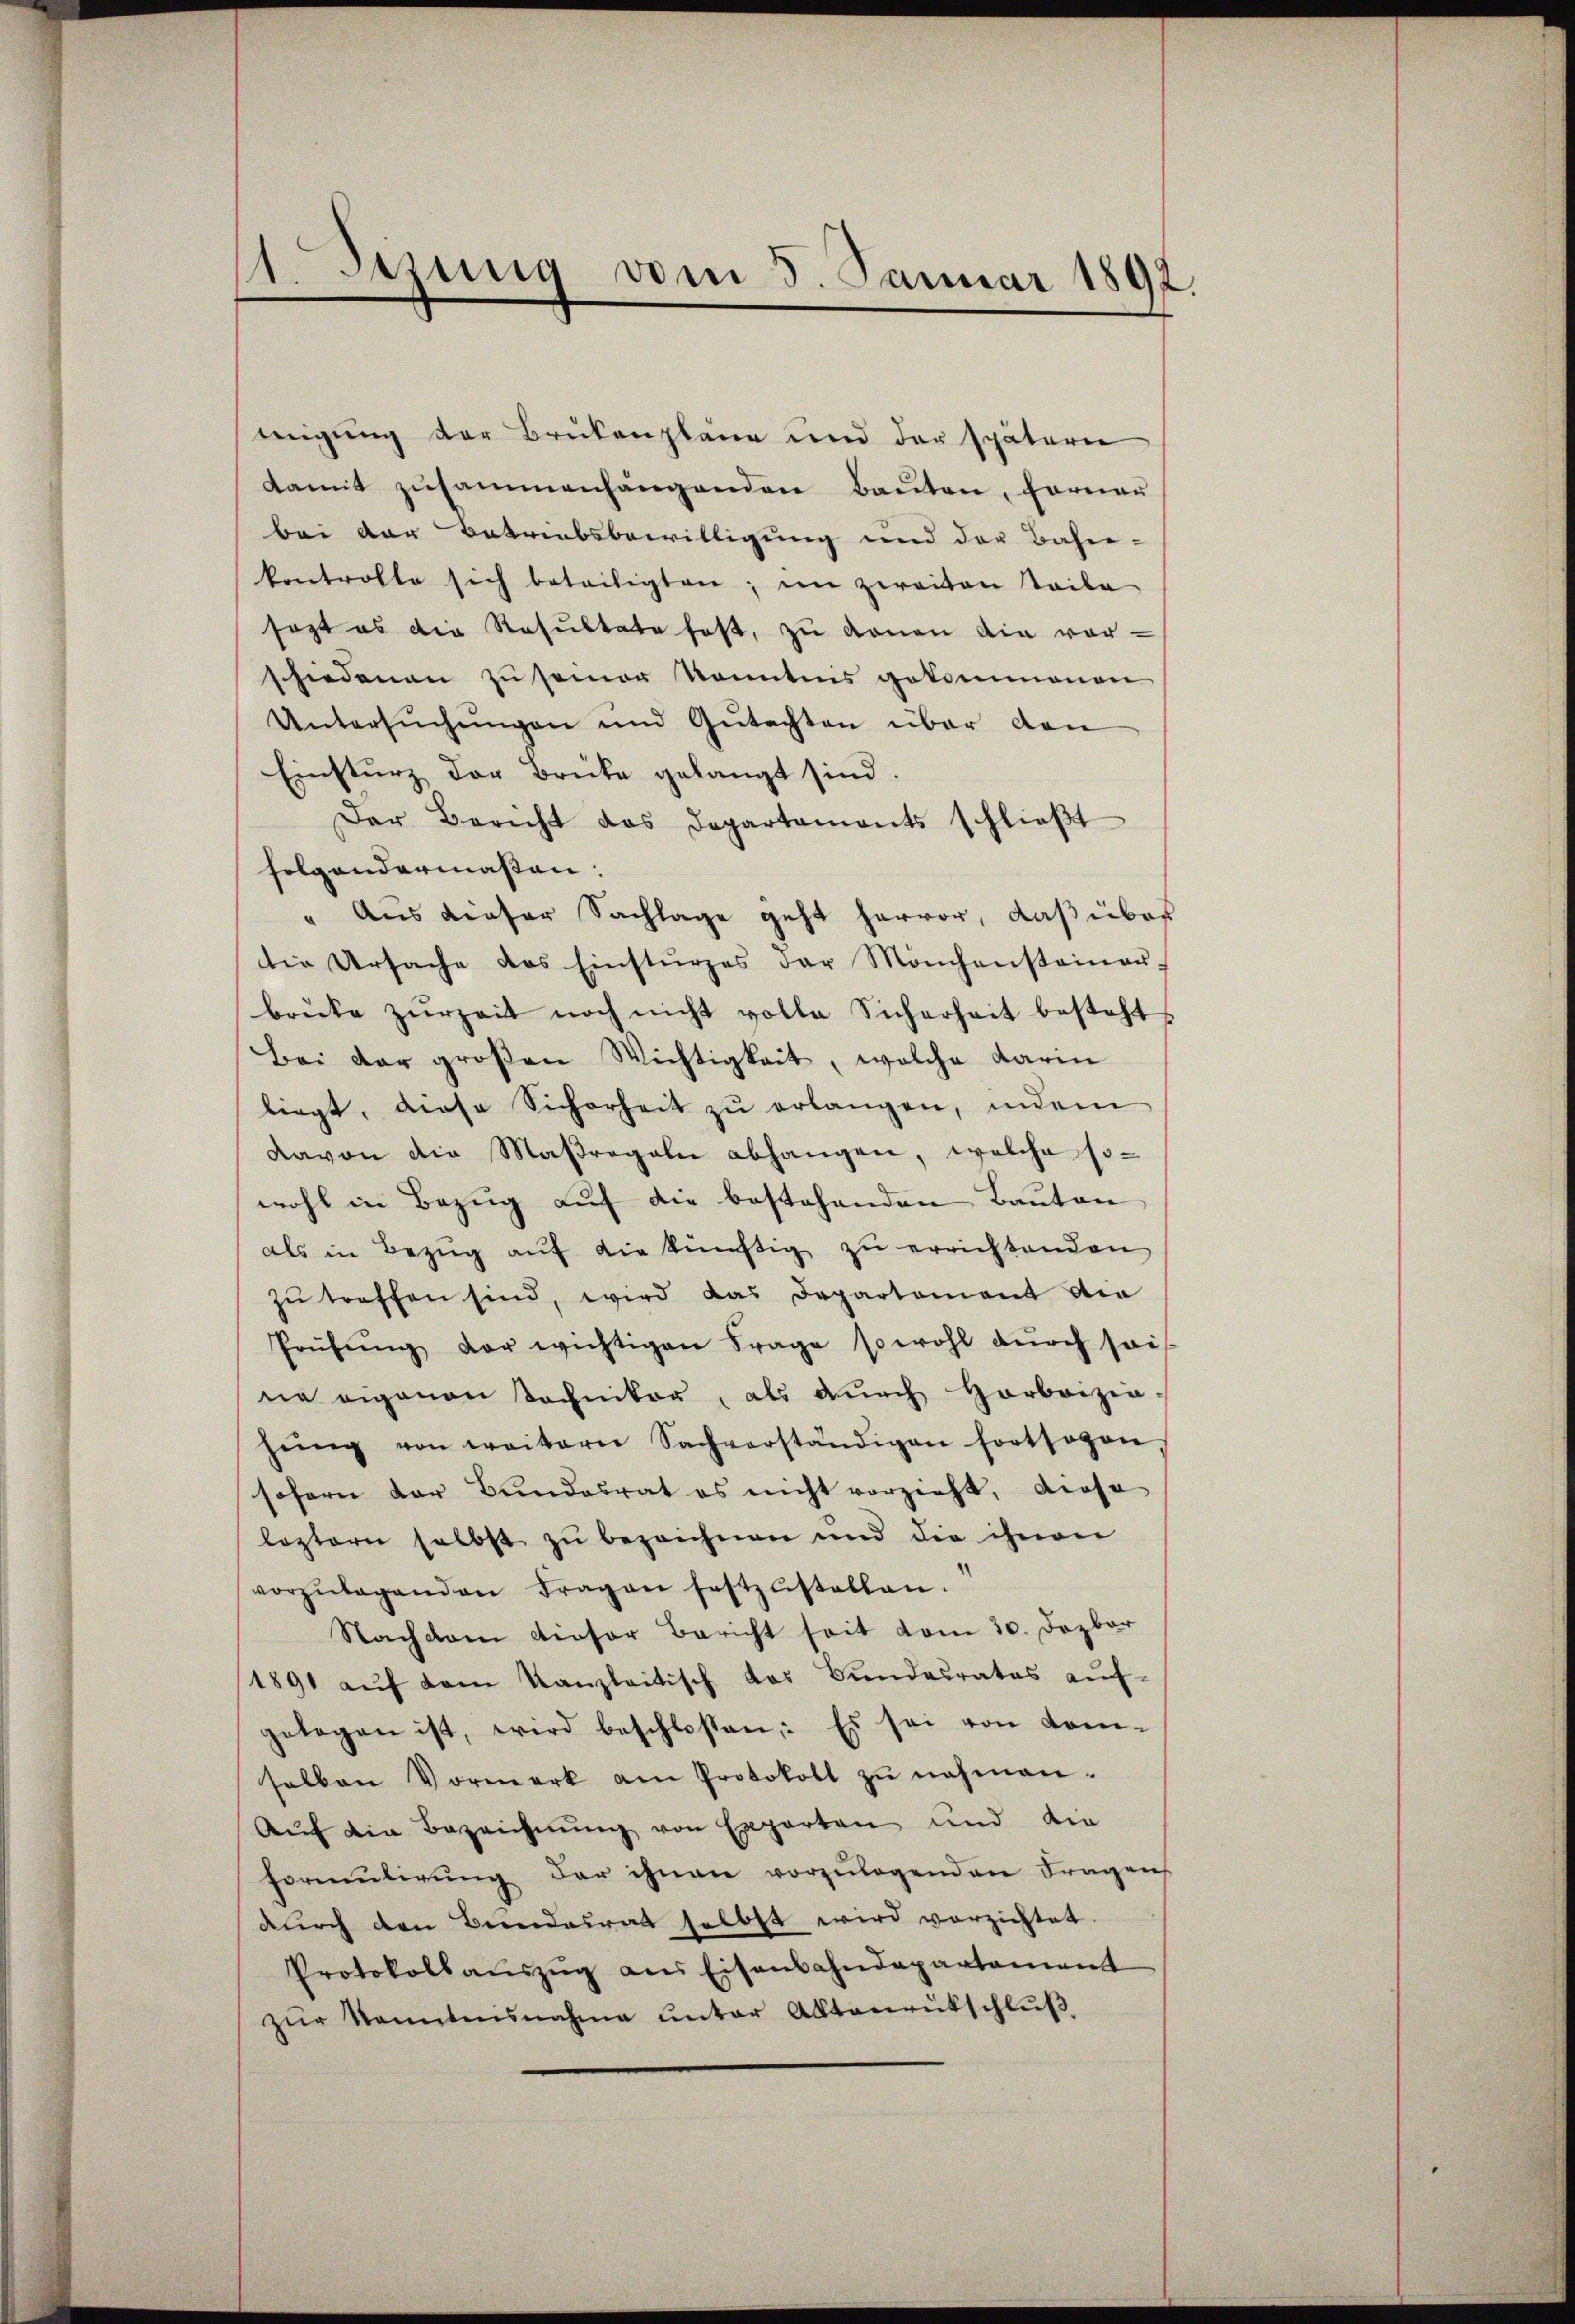
1. Denung vom 5. Januar 1892.

teigung der Brükenpläne und der späterer
damit zusammenhängenden Bauten, ferner
bei der Betriebsbewilligung und der Bahn-
kontrolle sich beteiligten; im zweiten Teile
sagt es die Resultate fast, zu denen die vor-
schiedenen zŭ semer konntnis gekommenen
Untersŭchŭngen und Gutachten über den
Einsturz der Brüke gelangt sind.
Der Bericht das Departaments schlieβt
folgendermaßen:
" Aus dieser Sachlage geht hervor, daß über
tia Ursache des Einstürzes der Mönchenstainaŭ-
brücke zurzeit noch nicht volle Sicherheit besteht
Bei der großen Wichtigkeit, welche darin
liegt, diese Sicherheit zŭ erlangen, indem
davon die Maßregeln abhangen, welche so-
wohl in Bezug auf die bestehenden Bauten
als in Bezŭg aŭf die künftig zu errichtenden
zŭ treffen sind, wird das Departement die
Prüfŭng der wichtigen Frage sowohl dŭrch sais
ne eigenen Sochniker, als dŭrch Horbriziahŭng von weitern Sachverständigen fortsogen,
sofern der Bundesrat es nicht vorzieht, diese
leztern selbst zŭ bezeichnen und die ihnen
vorzŭlegenden Fragen festzŭstellen.
Nachdem dieser Bericht seit vom 30. Dezbar
1891 aŭf dem Kanzleitisch das Bundesrates aŭf-
gelegen ist, wird beschloßen: Es sei von Kom-
halben Vormerk am Protokoll zŭ nahmen.
Aŭf die Bezeichnŭng von Experten und die
Formulirung der ihnen vorzulegenden Fragen
durch den Beendesrat selbst wird verzichtet.
Protokollaŭszŭg ans Eisenbahndepartament
zŭr Sonntensnahme unter Aktenrütschlŭβ